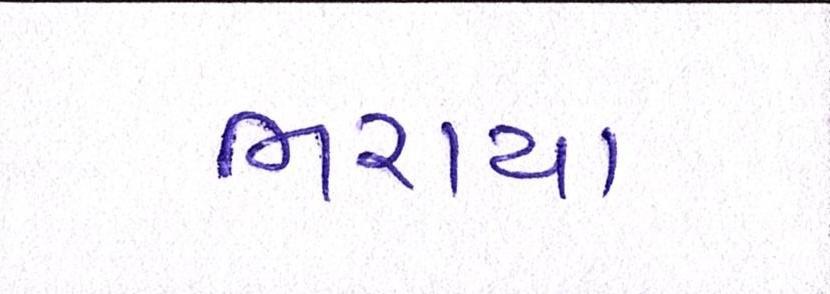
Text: ભરાયા